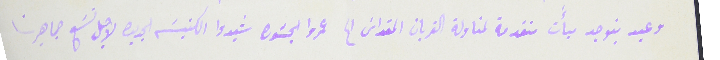
وعيد ينوجد ميأَت متقدمة لمناولة القربان المقداسَ الح عمروا الجسَوره شيدوا الكنيسَه الجديده لاجل تسَع جماهيرنا